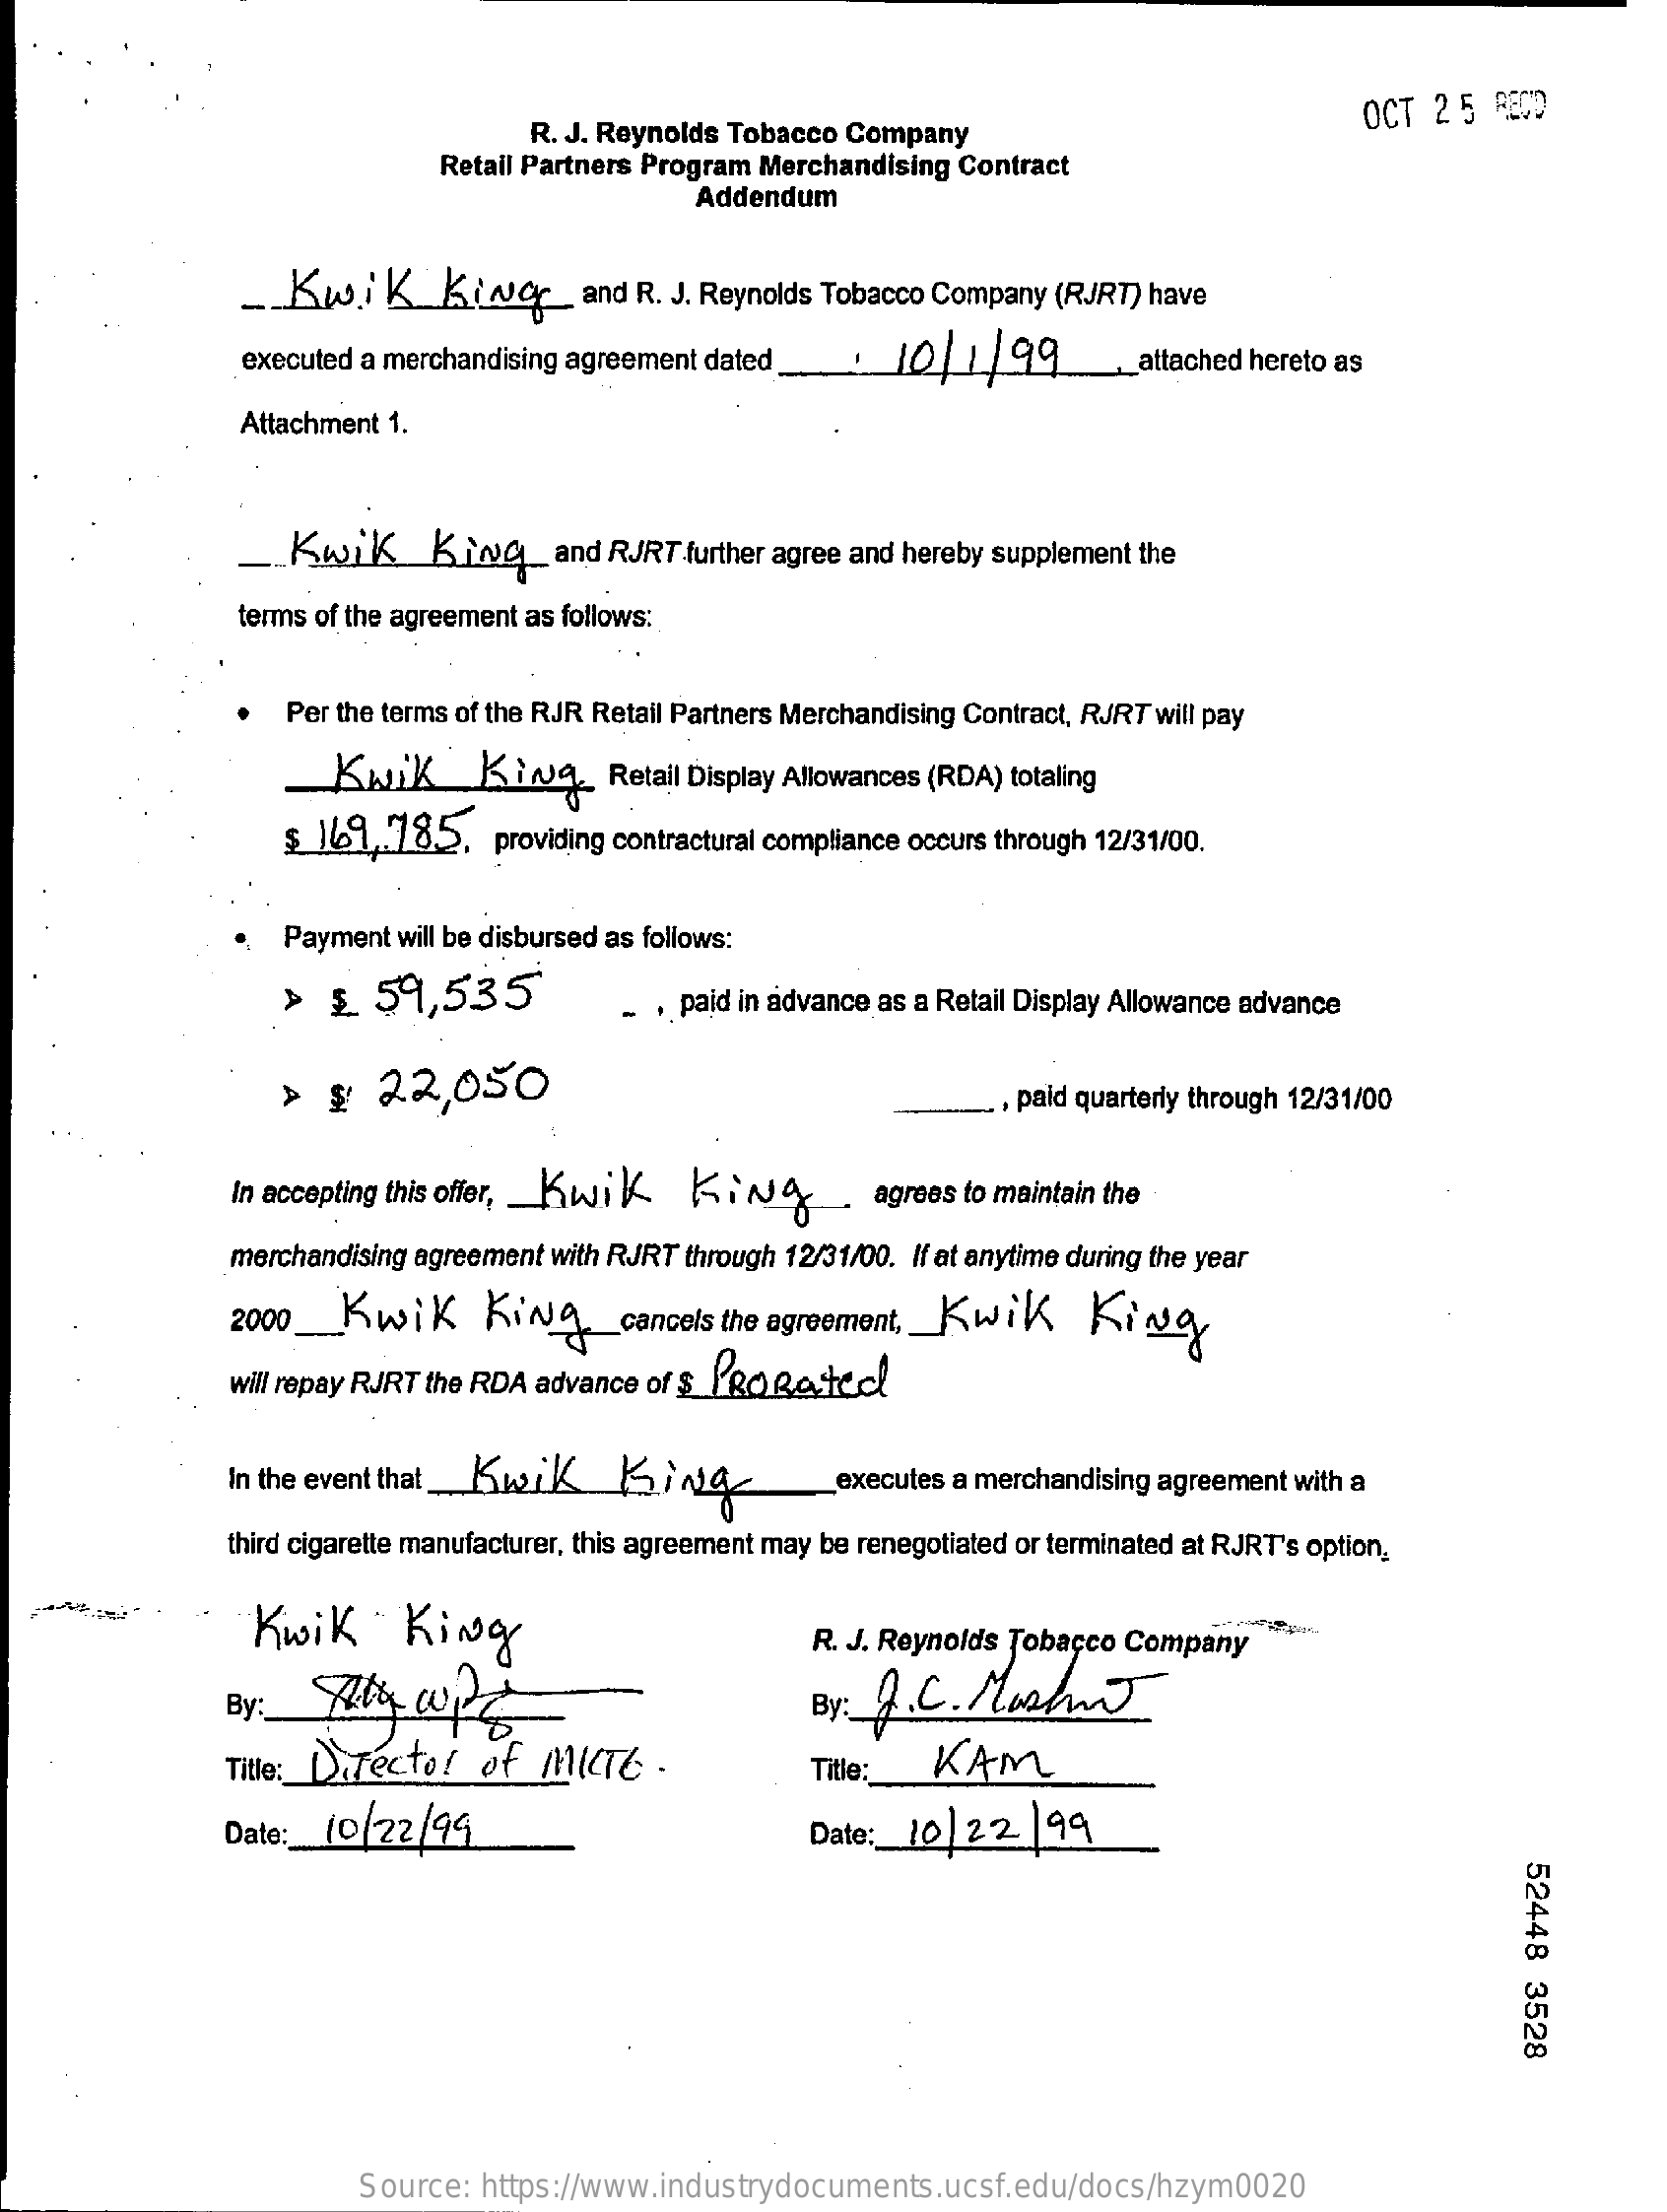
R. J. Reynolds Tobacco Company
     OCT  2 5 RECO
     Retail Partners Program Merchandising Contract
     Addendum
     Kwik    Kier_and    R. J. Reynolds Tobacco Company (RJRT) have
     executed a merchandising agreement dated_  :  10/  1/99    _attached hereto as
     Attachment 1.
     Kwik    King_and    RJRT further agree and hereby supplement the
     terms of the agreement as follows:
     Per the terms of the RJR Retail Partners Merchandising Contract, RJRT will pay
     KNIK    King    Retail Display Allowances (RDA) totaling
     $ 169,785,    providing contractural compliance occurs through 12/31/00.
     Payment  will be disbursed as follows:
     >  $   59,535    - . paid in advance as a Retail Display Allowance advance
     >  $   22,050    paid quarterly through 12/31/00
     In accepting this offer, _ Kwik. KIN    agrees to maintain the
     merchandising agreement with RJRT through 12/31/00. If at anytime during the year
     2000_Kwik    King_cancels    the agreement, Kwik    King
     will repay RJRT the RDA advance of $ PROBesteel
     In the event that_Kwik    King    executes a merchandising agreement with a
     third cigarette manufacturer, this agreement may be renegotiated or terminated at RJRT's option.
     Kwik    King    R. J. Reynolds Tobacco Company
     By: J.C.   Mushn
     Title: Director   of   MICTE   .    Title :__ KAM
     Date :_ 10/22/99    Date :_ 10 | 22  99
     52448
     3528
     Source:  https://www.industrydocuments.ucsf.edu/docs/hzym0020